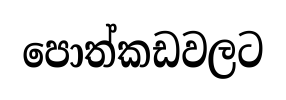
පොත්කඩවලට